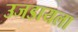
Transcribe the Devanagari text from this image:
उजडायला